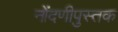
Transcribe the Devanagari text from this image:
नोंदणीपुस्तक